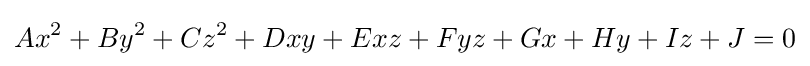
Ax^{2}+By^{2}+Cz^{2}+Dxy+Exz+Fyz+Gx+Hy+Iz+J=0